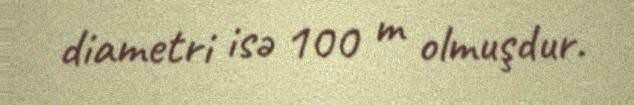
diametri isə 100 m olmuşdur.